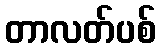
တာလတ်ပစ်